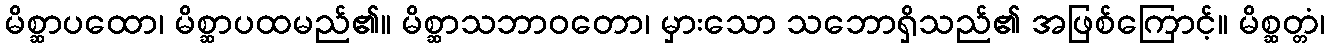
မိစ္ဆာပထော၊ မိစ္ဆာပထမည်၏။ မိစ္ဆာသဘာဝတော၊ မှားသော သဘောရှိသည်၏ အဖြစ်ကြောင့်။ မိစ္ဆတ္တံ၊